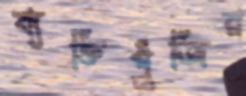
ব্যক্তিপুঁজির